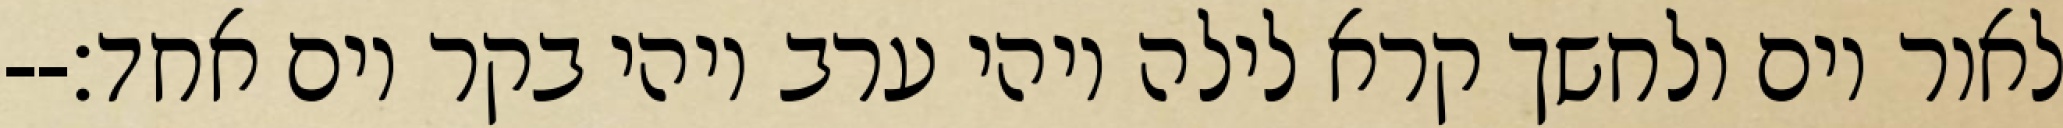
לאור יום ולחשך קרא לילה ויהי ערב ויהי בקר יום אחד׃--